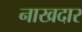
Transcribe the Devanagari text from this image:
नाखदार